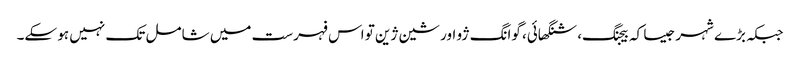
جبکہ بڑے شہر جیسا کہ بیجنگ، شنگھائی، گوانگ ژو اور شین ژین تو اس فہرست میں شامل تک نہیں ہو سکے۔